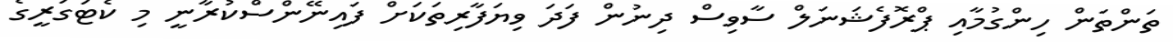
ތަންތަން ހިންގުމާއި ޕްރޮފެޝަނަލް ސާވިސް ދިނުން ފަދަ ވިޔަފާރިތަކަށް ފައިނޭންސްކުރާނީ މި ކެޓަގަރީގެ